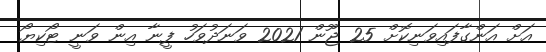
އަށް އަންގާފައިވަނިކޮށް 25 ޖޫން 2021 ވަނަދުވަހު ފީނާ އިން ވަނީ ޓޯކިޔޯ